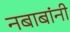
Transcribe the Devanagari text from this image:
नबाबांनी